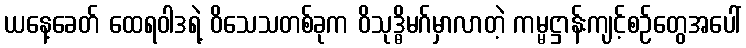
ယနေ့ခေတ် ထေရဝါဒရဲ့ ဝိသေသတစ်ခုက ဝိသုဒ္ဓိမဂ်မှာလာတဲ့ ကမ္မဋ္ဌာန်းကျင့်စဉ်တွေအပေါ်